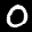
Label: 0